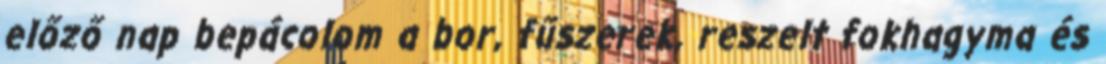
előző nap bepácolom a bor, fűszerek, reszelt fokhagyma és